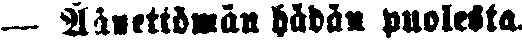
— Äänettömän hädän puolesta.